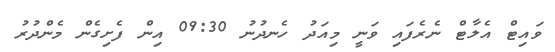
ވައިޓް އެލާޓް ނެރެފައި ވަނީ މިއަދު ހެނދުނު 09:30 އިން ފެށިގެން މެންދުރު